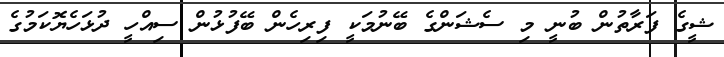
ޝީގެ ފަރާތުން ބުނީ މި ސެޝަންގެ ބޭނުމަކީ ފިރިހެން ބޭފުޅުން ސިއްހީ ދުޅަހެޔޮކަމުގެ